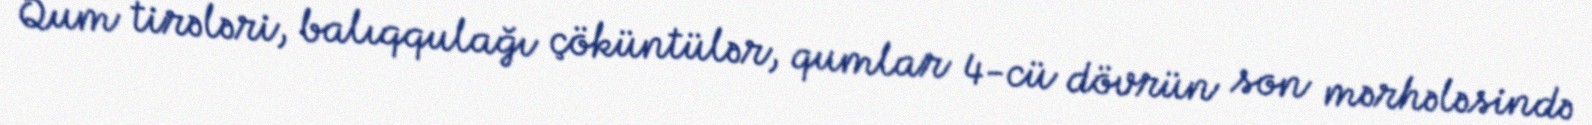
Qum tirələri, balıqqulağı çöküntülər, qumlar 4-cü dövrün son mərhələsində